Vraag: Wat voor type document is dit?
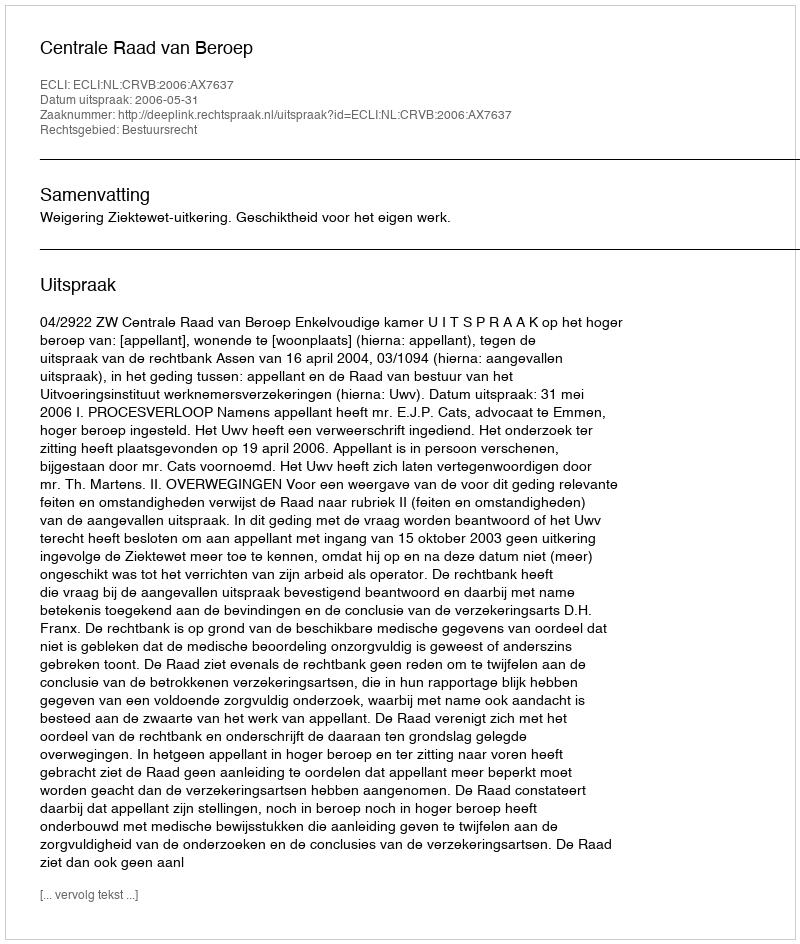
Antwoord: Uitspraak